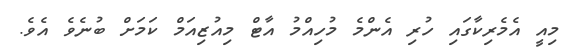
މިއީ އެމެރިކާގައި ހުރި އެންމެ މުހިއްމު އާޓް މިއުޒިއަމް ކަމަށް ބުނެވެ އެވެ.